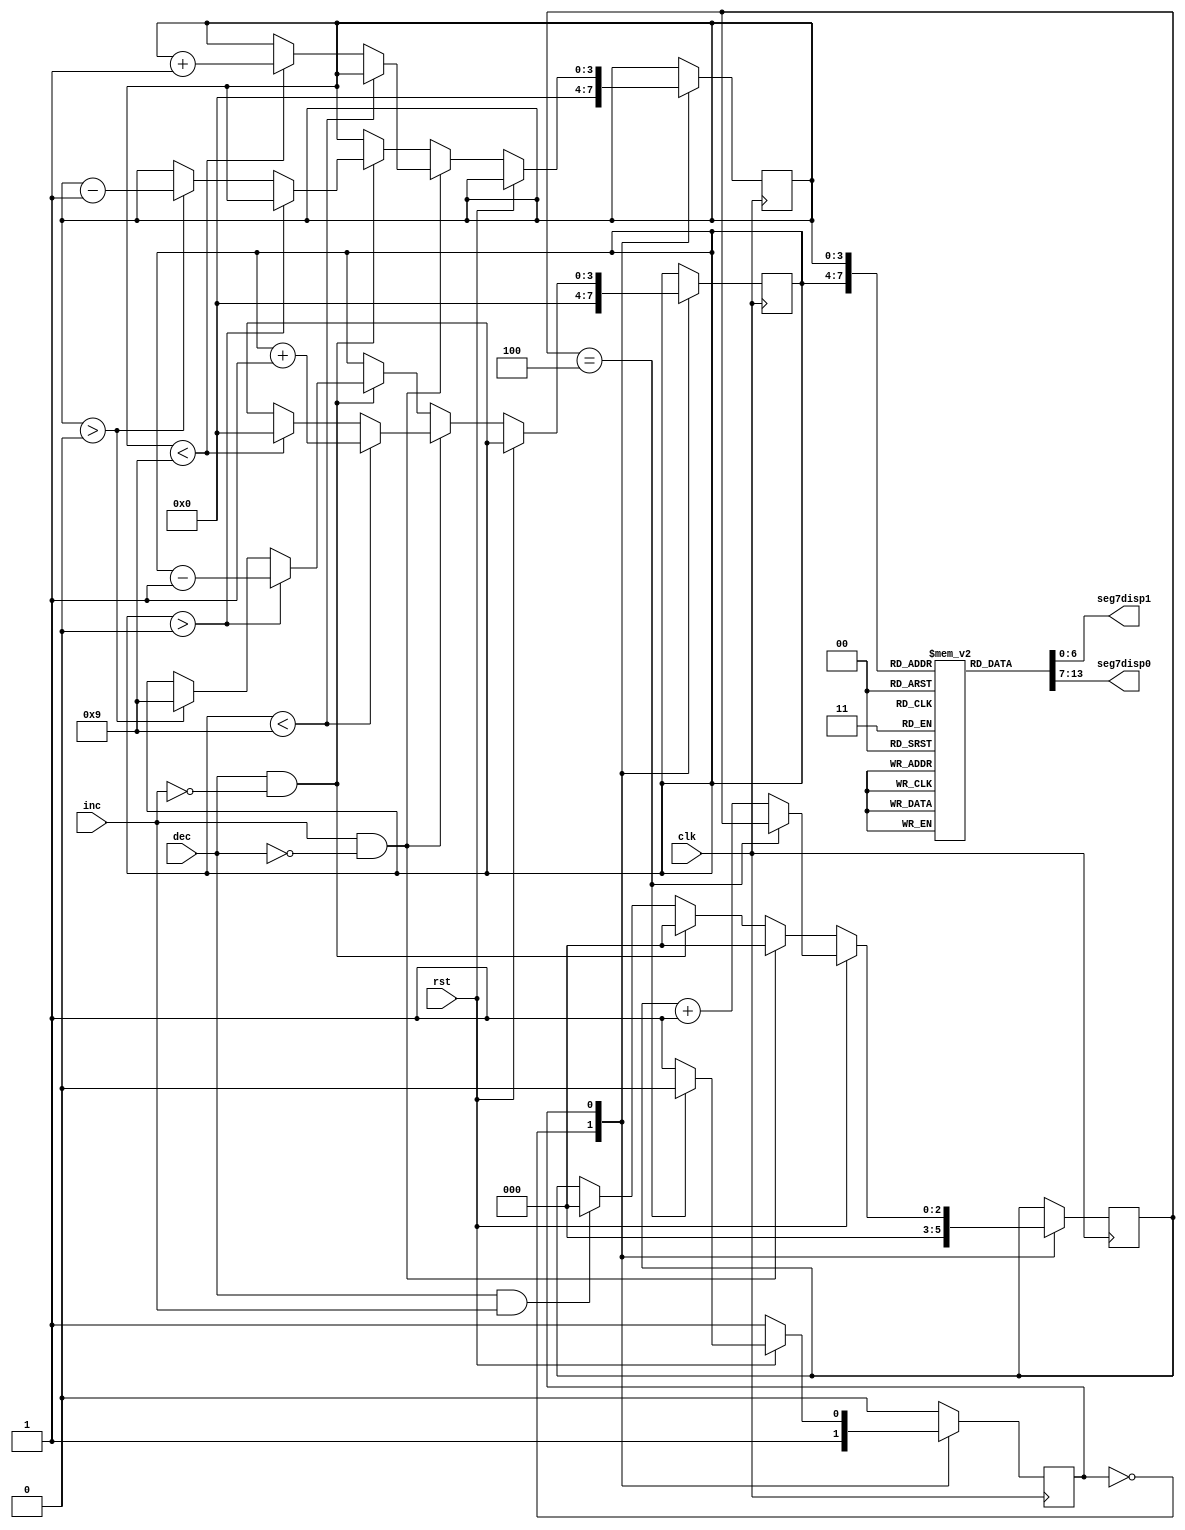
module HW2_Scoreboard_modified(clk, rst, inc, dec, seg7disp1, seg7disp0);
	input clk;
	input rst;
	input inc;
	input dec;
	output [6:0] seg7disp1;
	output [6:0] seg7disp0;
	reg state; //only 2 states, 1 bit sufficient
	reg [3:0] BCD1;
	reg [3:0] BCD0;
	reg [2:0] rstcnt;
	reg [6:0] seg7Rom [0:9];
	initial begin
	BCD1 = 4'b0000;
	BCD0 = 4'b0000;
	rstcnt = 0;
	state = 0;
	seg7Rom[0] = 7'b0111111;
	seg7Rom[1] = 7'b0000110;
	seg7Rom[2] = 7'b1011011;
	seg7Rom[3] = 7'b1001111;
	seg7Rom[4] = 7'b1100110;
	seg7Rom[5] = 7'b1101101;
	seg7Rom[6] = 7'b1111100;
	seg7Rom[7] = 7'b0000111;
	seg7Rom[8] = 7'b1111111;
	seg7Rom[9] = 7'b1100111;
	end
	always @(posedge clk)
	begin
	case (state)
	0:
	begin
		BCD1 <= 4'b0000;
		BCD0 <= 4'b0000;
		rstcnt <= 0;
		state <= 1;
	end
	1:
	begin
	if(rst == 1'b1)
	begin
	if(rstcnt == 4)
		begin
			state <=0;
		end
	else
		begin
		rstcnt <= rstcnt + 1;
		end
	end
	else if (inc == 1'b1 && dec == 1'b0) // rst = 0
		begin
		rstcnt <= 0;
		if (BCD0 < 4'b1001)
			begin
			BCD0 <= BCD0 + 1;
			end
		else if (BCD1 < 4'b1001) // BCD0 = 9
			begin
			BCD1 <= BCD1 + 1;
			BCD0 <= 4'b0000;
			end
		end
	else if (dec == 1'b1 && inc == 1'b0) // rst = 0
		begin
		rstcnt <= 0;
		if (BCD0 > 4'b0000)
			begin
			BCD0 <= BCD0 - 1;
			end
		else if (BCD1 > 4'b0000) // BCD = 0
			begin
			BCD1 <= BCD1 - 1;
			BCD0 <= 4'b1001;
			end
		end
	else if (dec == 1'b1 && inc == 1'b1) // rst = 0
		begin
		rstcnt <= 0;
		end
	end
	endcase
	end
assign seg7disp0 = seg7Rom[BCD0];
assign seg7disp1 = seg7Rom[BCD1];

endmodule